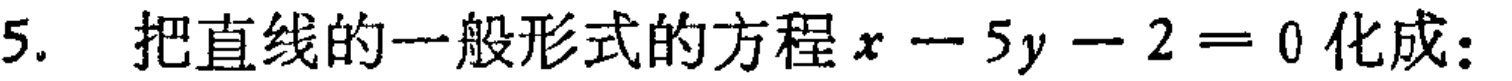
5. 把直线的一般形式的方程\(x - 5y - 2 = 0\)化成：